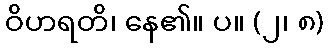
ဝိဟရတိ၊ နေ၏။ ပ။ (၂၊ ၈)